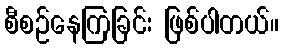
စီစဉ်နေကြခြင်း ဖြစ်ပါတယ်။